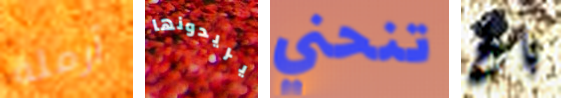
أرملة يريدونها تنحني باغ